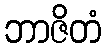
ဘာဇိတံ